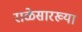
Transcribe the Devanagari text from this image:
राळेसारख्या